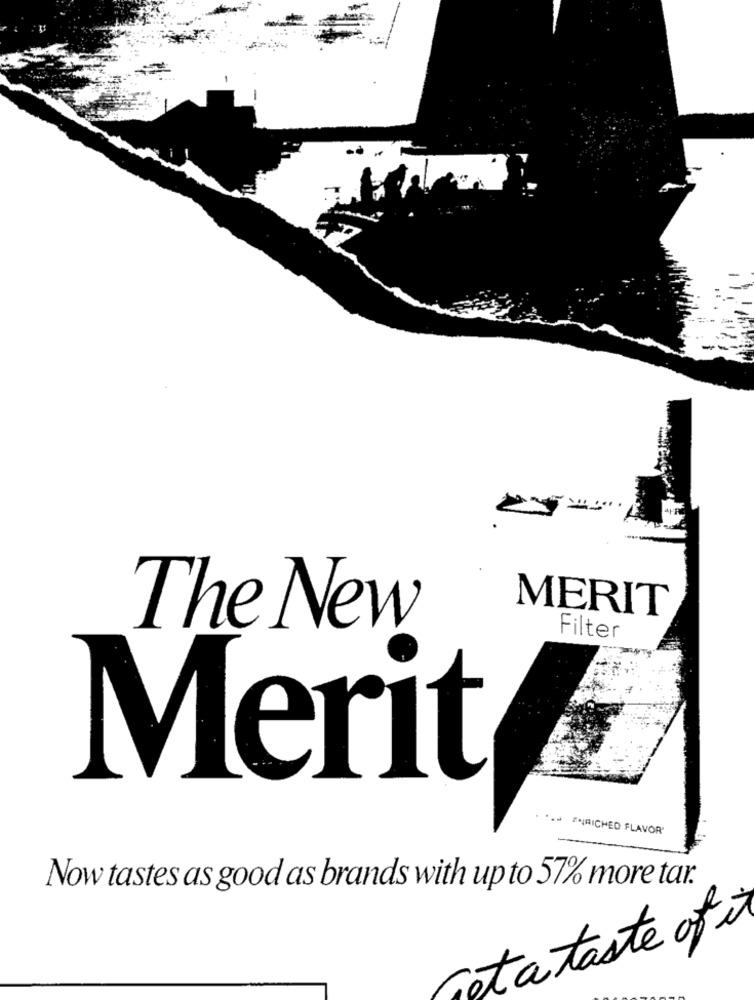
MERIT
The New
Filter
Merit
.- ENRICHED FLAVOR"
Now tastes as good as brands with up to 57% more tar.
tataste of it